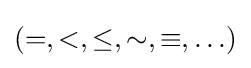
(=,<,\leq ,\sim ,\equiv ,\ldots )